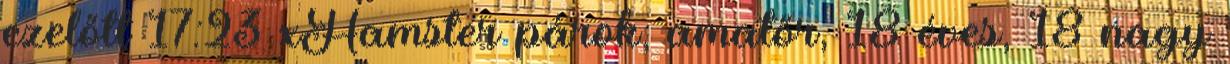
ezelőtt 17:23 xHamster párok, amatőr, 18 éves, 18 nagy